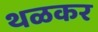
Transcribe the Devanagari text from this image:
थळकर